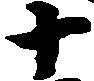
十